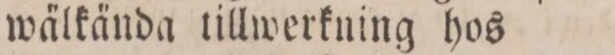
wälkända tillwerkning hos